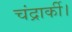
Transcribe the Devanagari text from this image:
चंद्रार्की।